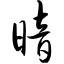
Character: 暗